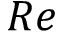
R e